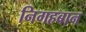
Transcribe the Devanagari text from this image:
निगहबान